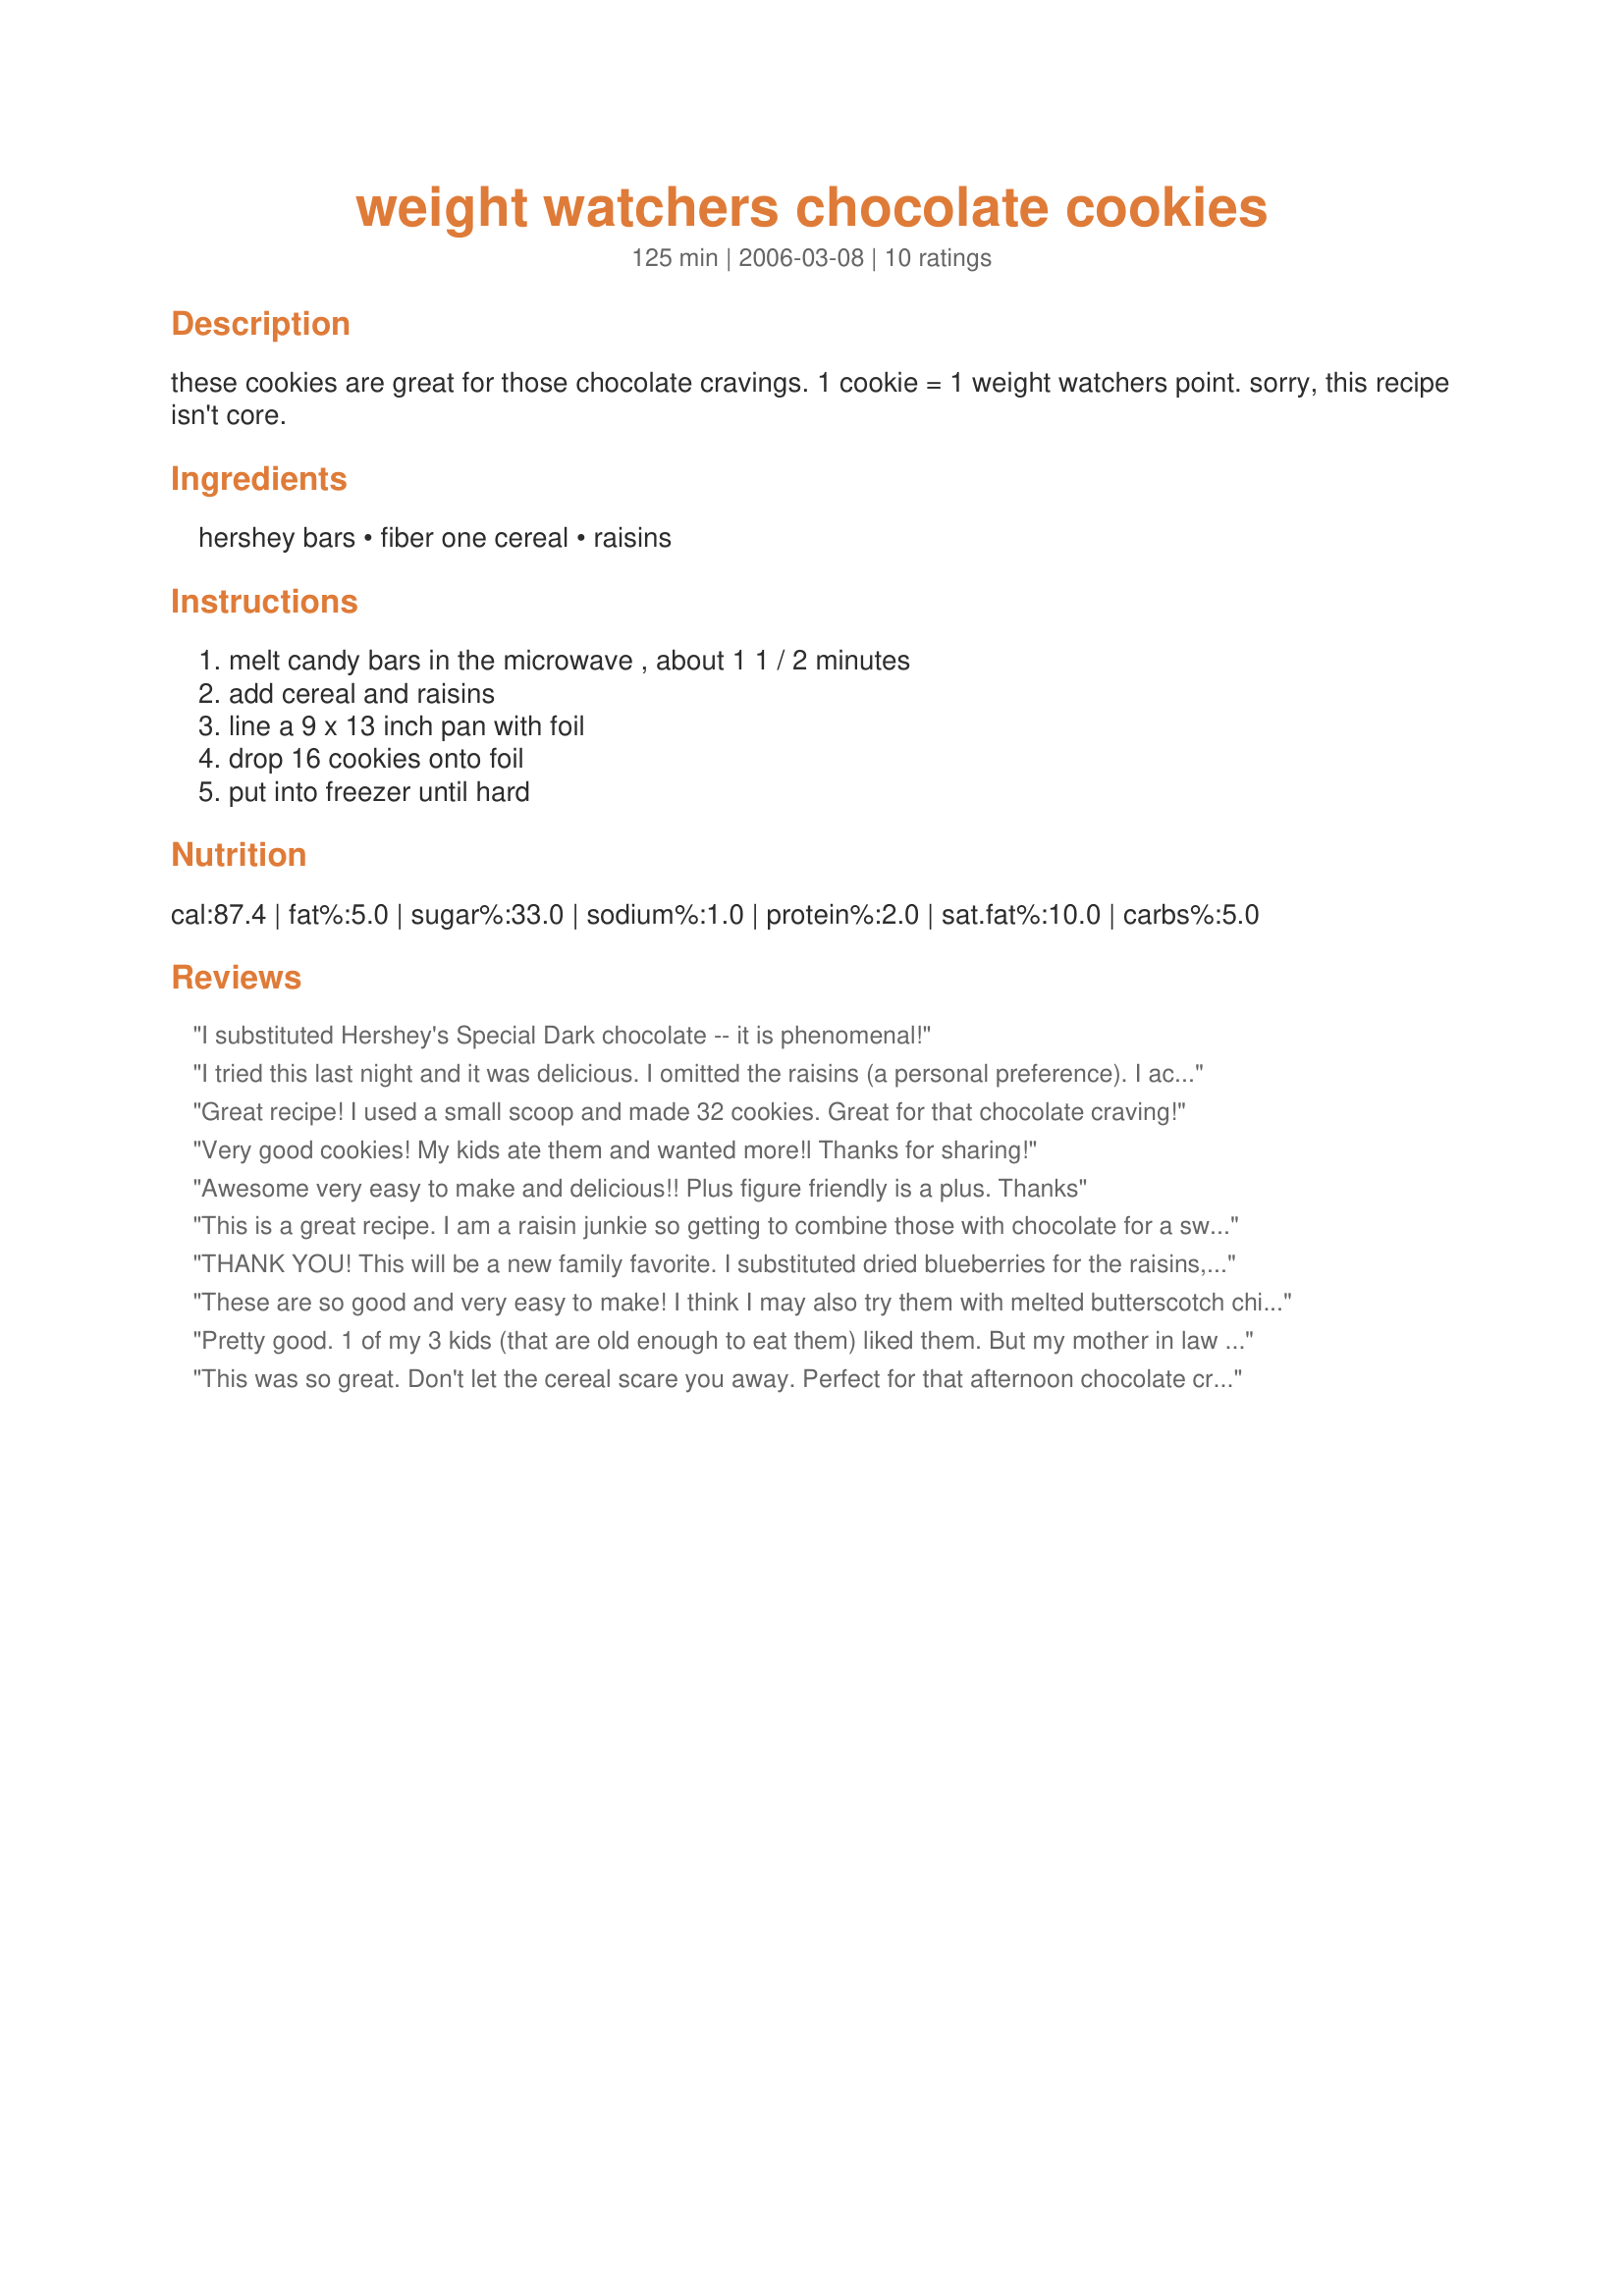
weight watchers chocolate cookies
Preparation time: 125 minutes

these cookies are great for those chocolate cravings. 1 cookie = 1 weight watchers point. sorry, this recipe isn't core.

Ingredients:
hershey bars, fiber one cereal, raisins

Steps:
melt candy bars in the microwave , about 1 1 / 2 minutes, add cereal and raisins, line a 9 x 13 inch pan with foil, drop 16 cookies onto foil, put into freezer until hard

Reviews:
I substituted Hershey's Special Dark chocolate -- it is phenomenal!
I tried this last night and it was delicious. I omitted the raisins (a personal preference). I actually don't like Fiber One cereal on its own, so I was skeptical, but this was great. Thanks for sharing!
Great recipe! I used a small scoop and made 32 cookies. Great for that chocolate craving!
Very good cookies! My kids ate them and wanted more!l Thanks for sharing!
Awesome very easy to make and delicious!! Plus figure friendly is a plus.
Thanks
This is a great recipe. I am a raisin junkie so getting to combine those with chocolate for a sweet 1-point treat is fantastic. A nice way to sneak in some fiber too - the kids will never know.
THANK YOU! This will be a new family favorite. I substituted dried blueberries for the raisins, though. They are much better than I thought they would be. Even the little ones loved these.
These are so good and very easy to make! I think I may also try them with melted butterscotch chips. I'm not sure if that will change the points value, though.
Pretty good. 1 of my 3 kids (that are old enough to eat them) liked them. But my mother in law and friend both liked them. Not enough to ask for the recipe but I thought they were good.
This was so great. Don't let the cereal scare you away. Perfect for that afternoon chocolate craving.
